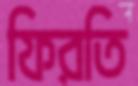
ফিরতি